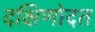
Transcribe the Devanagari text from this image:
दक्षिणोदत